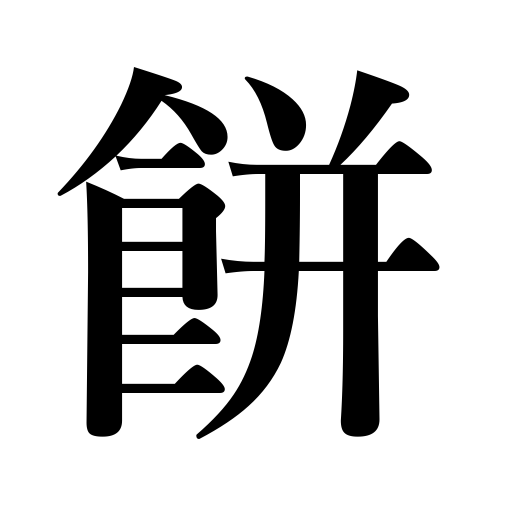
Meanings: rice cake